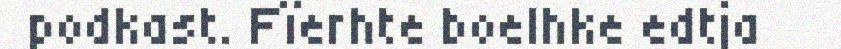
podkast. Fïerhte boelhke edtja